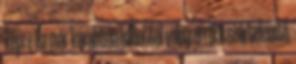
képre Ha már korábban hallottál volna erről a szőrtelenítő